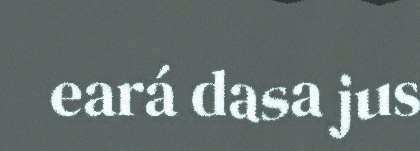
eará dasa jus